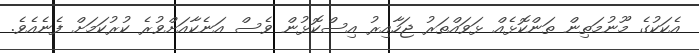
އެކަކުގެ މޫނުމަތިން ތަންކޮޅެއް ޅަވައްތަރު ޖަހާއިރު އިސްކޮޅުން ވެސް އަނެކާއަށްވުރެ ކުރުކަމަށް ފެނެއެވެ.